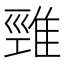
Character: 𨿋